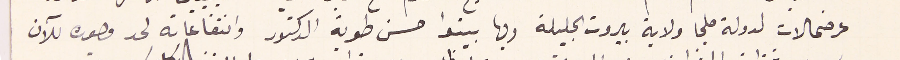
عرضحالات لدولة ملجا ولاية بيروت الجليلة وبها بينوا حسن طوبة الدكتور وانتفاعاته لحد وجوده للآن